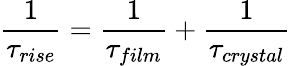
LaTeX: \frac{1}{\tau_{rise}}=\frac{1}{\tau_{film}}+\frac{1}{\tau_{crystal}}